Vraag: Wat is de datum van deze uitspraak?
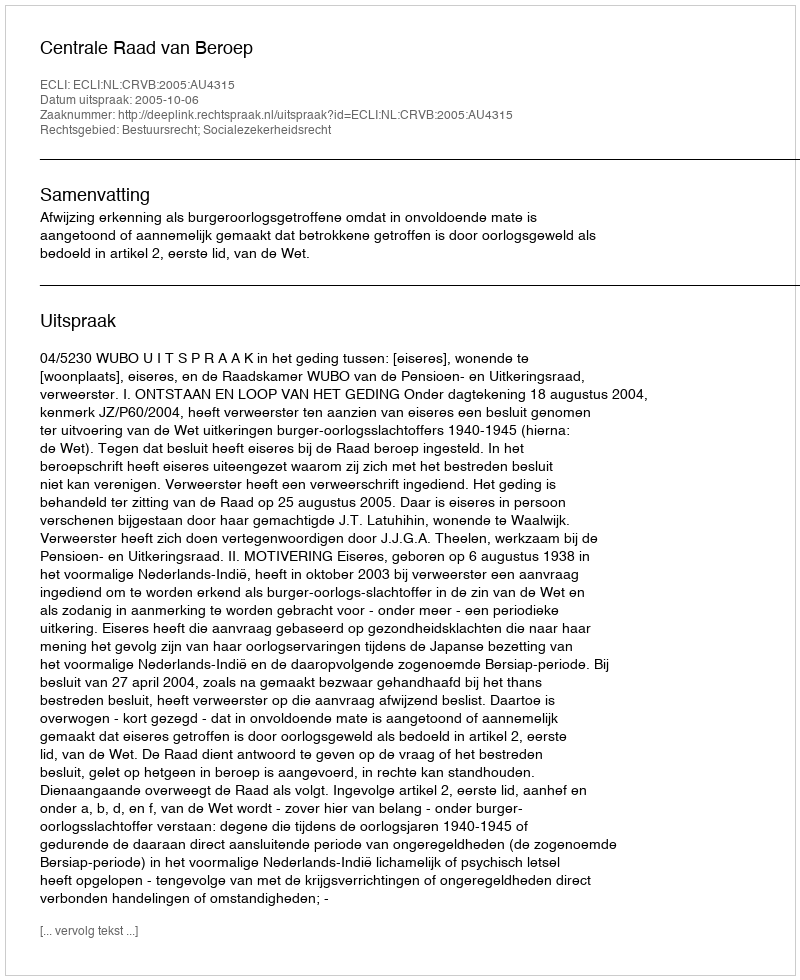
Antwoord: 2005-10-06